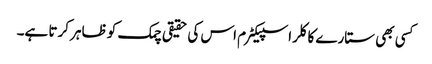
کسی بھی ستارے کا کلر اسپیکٹرم اس کی حقیقی چمک کو ظاہر کرتا ہے۔